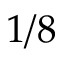
1 / 8